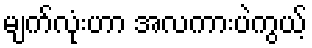
မျက်လုံးဟာ အလကားပဲကွယ့်